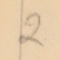
2